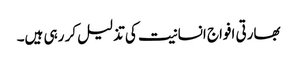
بھارتی افواج انسانیت کی تذلیل کر رہی ہیں۔